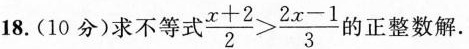
18.(10分)求不等式$$\frac { x + 2 } { 2 } > \frac { 2 x - 1 } { 3}$$的正整数解.